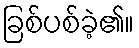
ခြစ်ပစ်ခဲ့၏။